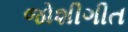
જોશીગીત